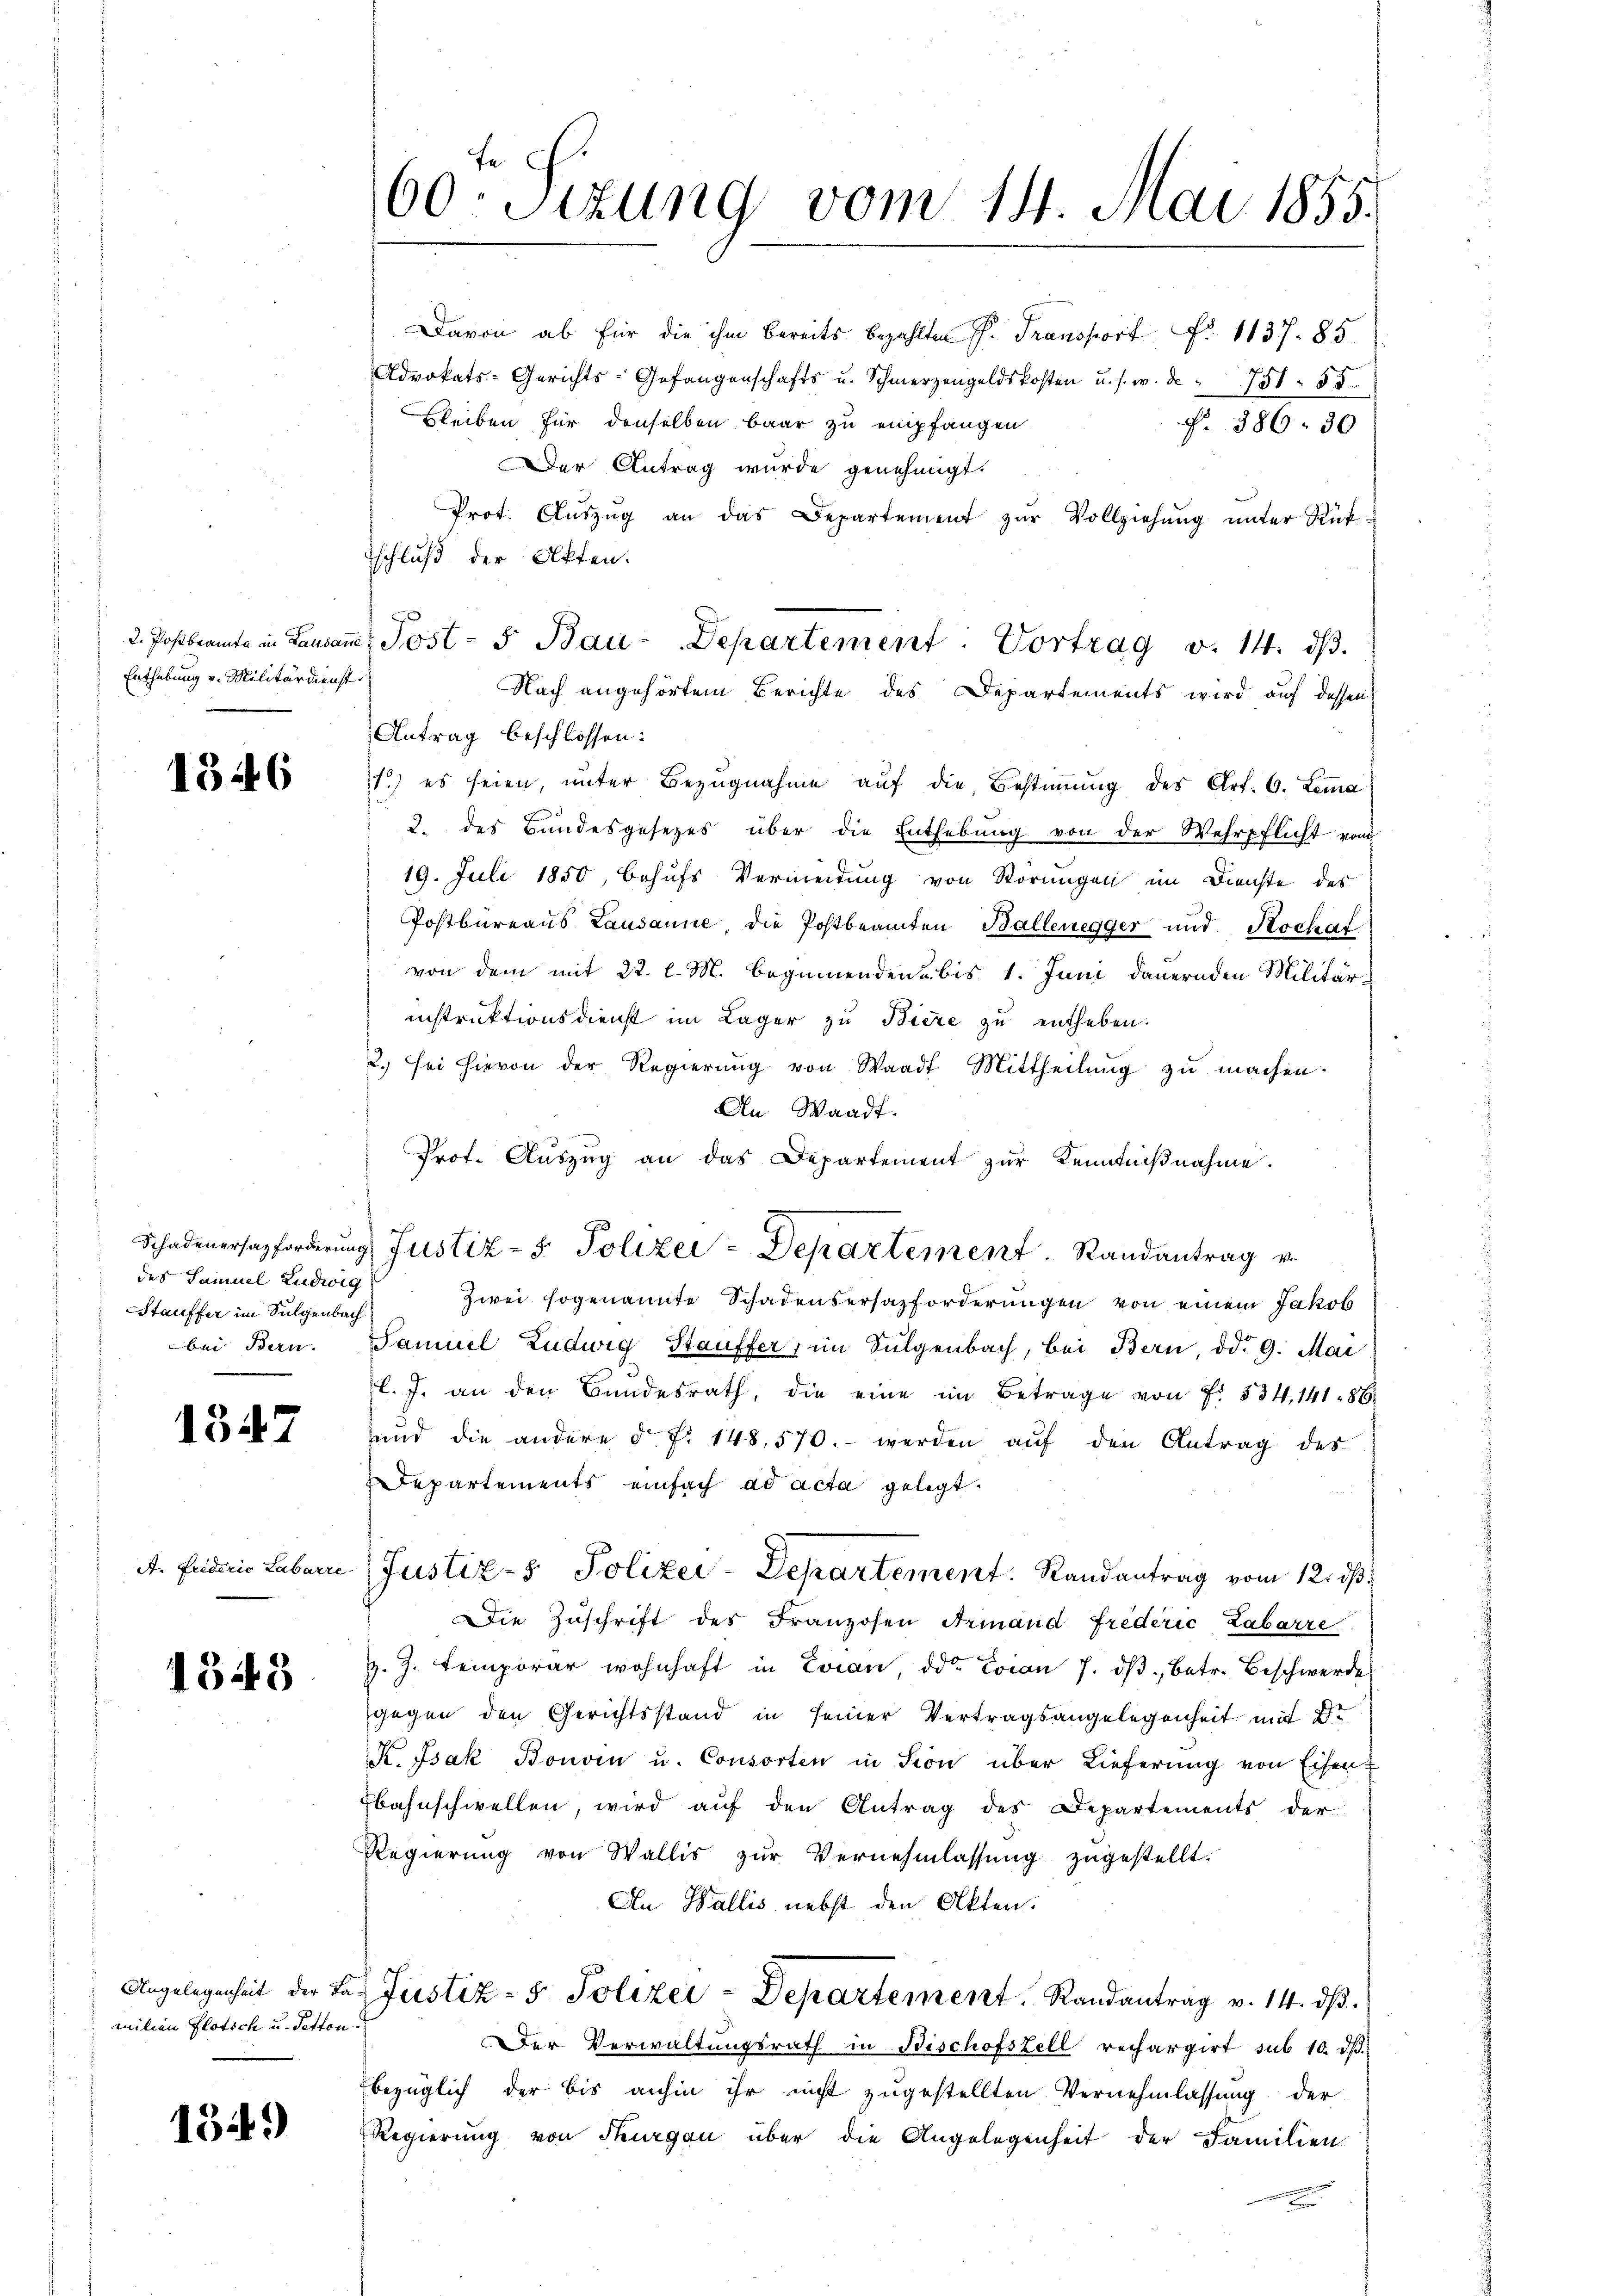
2. Postbeamte in Lausanne
Enthebung v. Militärdienst

1346

Schadenersatzforderung
des Samuel Ludwig
Stauffer im Sulgenbach
bei Bern.

1347

A. Friderie Labarre

1348

Angelegenheit der Familien flotich u. Tetton.

1349

60. Sitzung vom 14. Mai 1855.

Davon ab für die ihm bereits bezahlten P. Transport Fr. 1137. 85
Advokats-Gerichts- Gefangenschafts u. Schmerzengeldskosten u. s. w. d. 751. 55
Bleiben für denselben baar zu empfangen
N. 386. 30
Der Antrag wurde genehmigt.
Prot. Aŭszŭg an das Departement zŭr Vollziehŭng ŭnter Rückschluß der Akten.
Nach angehörtem Berichte des Departements wird auf dessen
Antrag beschlossen:
1.) es seien, unter Bezugnahme auf die Bestiṁŭng des Art. 6. Lema
2. des Bundesgesetzes über die Enthebŭng von der Wehrpflicht von
19. Juli 1850, behufs Vermeidung von Störungen im Dienste des
Postbureaus Lausanne, die Postbeamten Ballenegger und Hochaf
von dem mit 22. l. M. beginnenden bis 1. Juni dauernden Militärs
instruktionsdienst im Lager zu Biere zu entheben.
2. sei hievon der Regierŭng von Waadt Mittheilŭng zŭ machen.
An Waadt.
Prof. Auszug an das Departement zur Kenntnißnahme.
9. Justiz-S. Polizer-Departement. Randantrag v.
Zwei sogenannte Schadensersazforderungen von einem Jakob
Samuel Ludwig Stauffer, im Sulgenbach, bei Bern, od. 9. Mai
. J. an den Bundesrath, die eine im Betrage von f. 534, 141 86
und die andere d. fr. 148, 570.- werden aŭf den Antrag des
Departements einfach ad acta gelegt.
Justiz- & Polizei-Departement. Randantrag vom 12. ds.
Die Zuschrift des Franzosen Armand frederić Labarre
z. Z. temporar wohnhaft in Evian, od. Evian 7. dβ betr. Beschwerde
gegen den Gerichtsstand in seiner Vertragsangelegenheit mit Dr.
K. Isak Bonven u. Consorten in sion über Lieferung von Eisen¬
Ebahnschwellen, wird auf den Antrag des Departements der
Regierŭng von Wallis zŭr Vernehmlassŭng zugestellt.
An Wallis nebst den Akten.
Justiz- & Polizei-Departement Randantrag v. 14. dβ.
Der Verwaltungsrath in Bischofszell rechargirt sub 10. dß.
bezüglich der bis anhin ihr nicht zugestellten Vernehmlassung der
Regierung von Thurgau über die Angelegenheit der Familien

Post- u Bau-Departement: Vortrag v. 14. dβ.